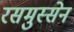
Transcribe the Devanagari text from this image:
रसमुस्सेन